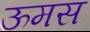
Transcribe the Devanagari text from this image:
ऊमस